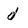
Character: d